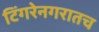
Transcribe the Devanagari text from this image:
टिंगरेनगरातच